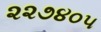
૨૨૭૪૦૫